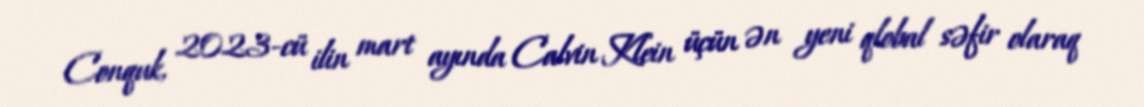
Conquk, 2023-cü ilin mart ayında Calvin Klein üçün ən yeni qlobal səfir olaraq